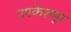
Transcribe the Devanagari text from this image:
उपकेशपुर